kultuurilooline_kollektsioon, lk 8
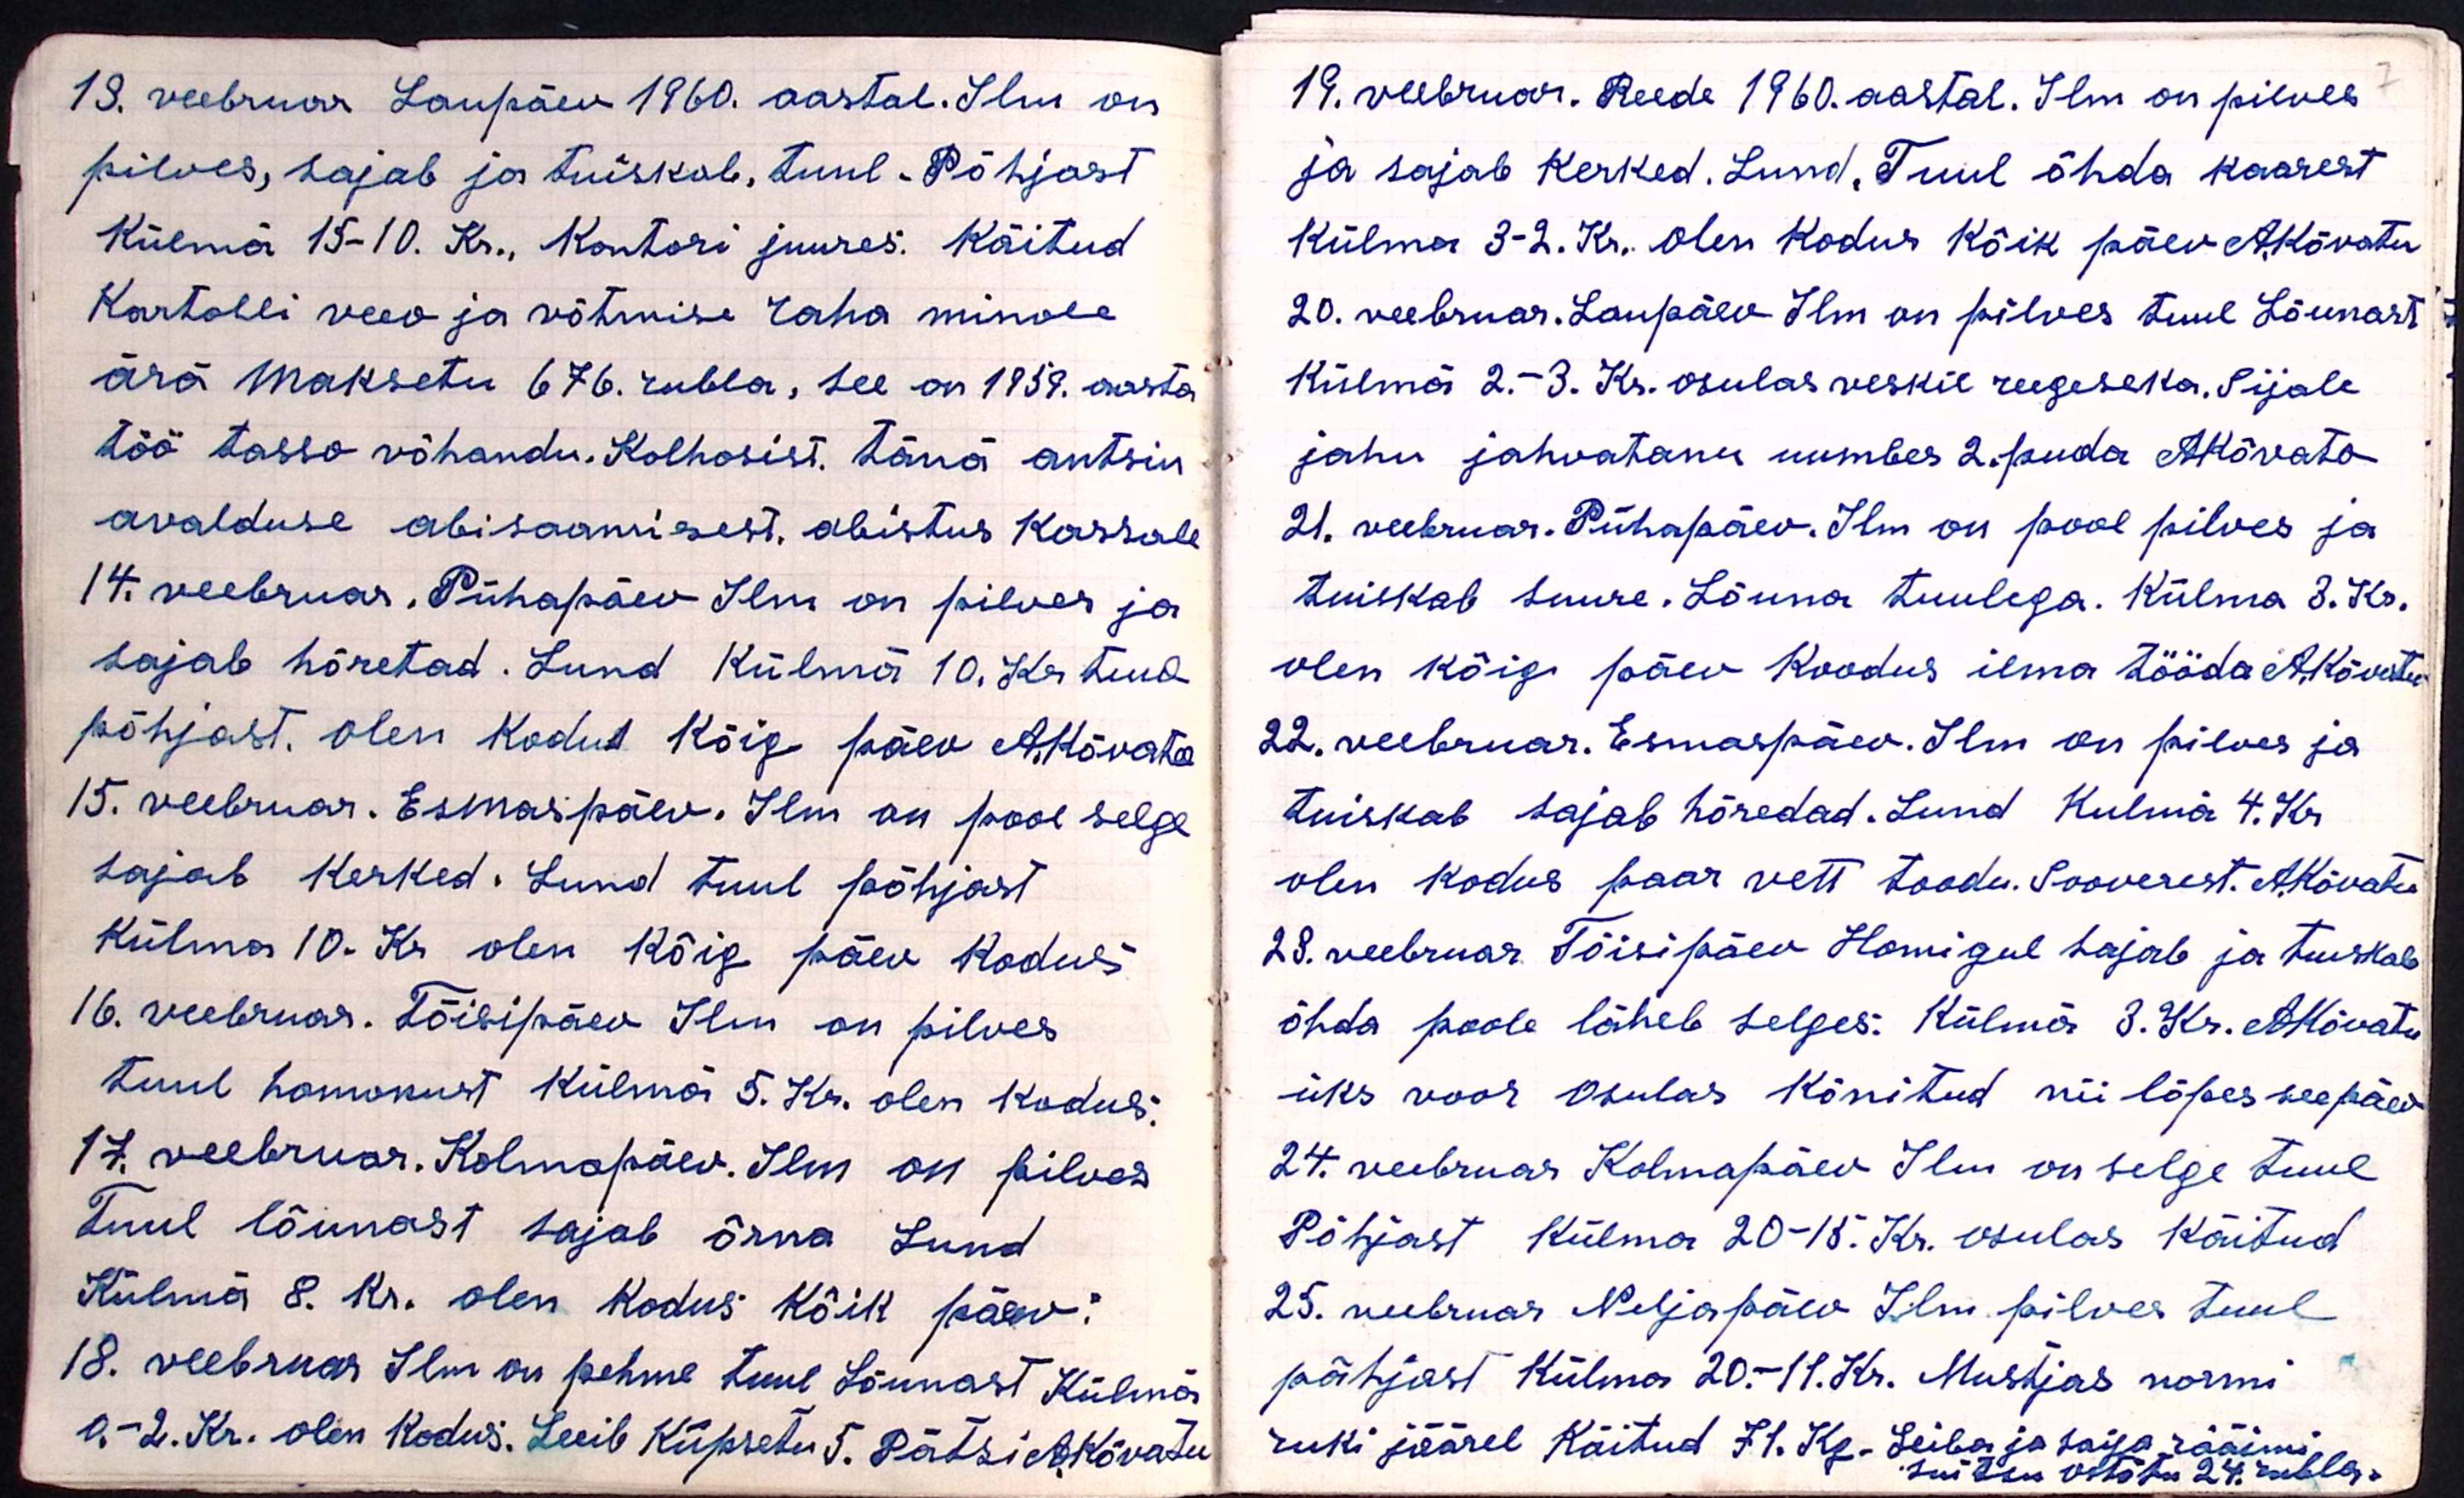
13. veebruar Laupäev 1960. aastal. Ilm on
pilves, sajab ja tuiskab, tuul. Põhjast
Külmä 15-10. Kr., Kontori juures. Käitud
Kartohli veev ja võtmise raha minole
ärä maksetu 676. rubla, see on 1959. aasta
töö tasso võhandu. Kolhoosist. tänä antsin
avalduse abisaamisest, abistus Kassale
14. veebruar, Pühapäev Ilm on pilves ja
sajab hõretad. Lund külmä 10. Kr tuul
põhjast. olen kodus Kõig päev A.Kõvatu
15. veebruar. Esmaspäev. Ilm on pool selge
sajab kerked. Lund tuul põhjast
Külma 10. Kr olen Kõig päev kodus
16. veebruar. Tõisipäev Ilm on pilves
tuul homokust külmä 5. Kr olen kodus
17. veebruar. Kolmapäev. Ilm on pilves
Tuul lõunast sajab õrna Lund
Külmä 8. Kr. olen kodus kõik päev:
18. veebruar Ilm on pehme tuul Lõunast Külmä
0.-2. Kr. olen Kodus. Leib Küpsetu 5. Pätsi A.Kõvatu

19. veebruar. Reede 1960. aastal. Ilm on pilves
ja sajab kerked. Lund. Tuul õhda kaarest
Külma 3-2. Kr. Olen Kodus kõik päev A. Kõvatu
20. veebruar. Laupäev Ilm on pilves tuul Lõunast
Külmä 2.- 3. Kr. osulas veskil reegeseka. Sijale
jahu jahvatanu umbes 2. puda AKõvato
21. veebruar. Pühapäev. Ilm on pool pilves ja
tuiskab suure. Lõuna tuulega. Külma 3. Kr.
olen kõig päev Koodus ilma tööda AKõvatu
22. veebruar. Esmaspäev. Ilm on pilves ja
tuiskab sajab hõredad. Lund Kulmä 4. Kr.
olen kodus paar vett toodu. Sooverest. AKõvatu
23. veebruar. Tõisipäev Homigul sajab ja tuiskab
õhda poole läheb selges: Külma 3. Kr. A. Kõvatu
üks voor Osulas kõnitud nii lõpes seepäev
24. veebruar Kolmapäev Ilm on selge tuul
Põhjast külma 20-15. Kr. Osulas käitud
25. veebruar Neljapäev Ilm pilves tuul
põhjast külma 20.-11. Kr. Mustjas normi
ruki jäärel Käitud 71. Kg. Leiba ja saija rääimi
suitsu ostetu 24 rubla